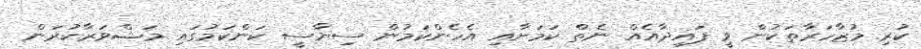
ކުރި މުޒާހަރާތަކުން ވީ ފައިދާއެއް ނެތް ކަމަށާއި އެހެންކަމުން ސިޔާސީ ކަންކަމުގައި މަޝްވަރާކުރަން